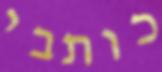
כותבי